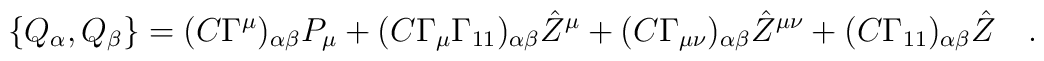
\{ Q_\alpha,Q_\beta\}= (C\Gamma^\mu)_{\alpha\beta}P_\mu +  (C\Gamma_\mu\Gamma_{11})_{\alpha\beta}{\hat Z}^\mu +  (C\Gamma_{\mu\nu})_{\alpha\beta}{\hat Z}^{\mu\nu}  + (C\Gamma_{11})_{\alpha\beta}{\hat Z}\quad   .